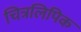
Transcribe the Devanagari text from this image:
चित्रलिपिक